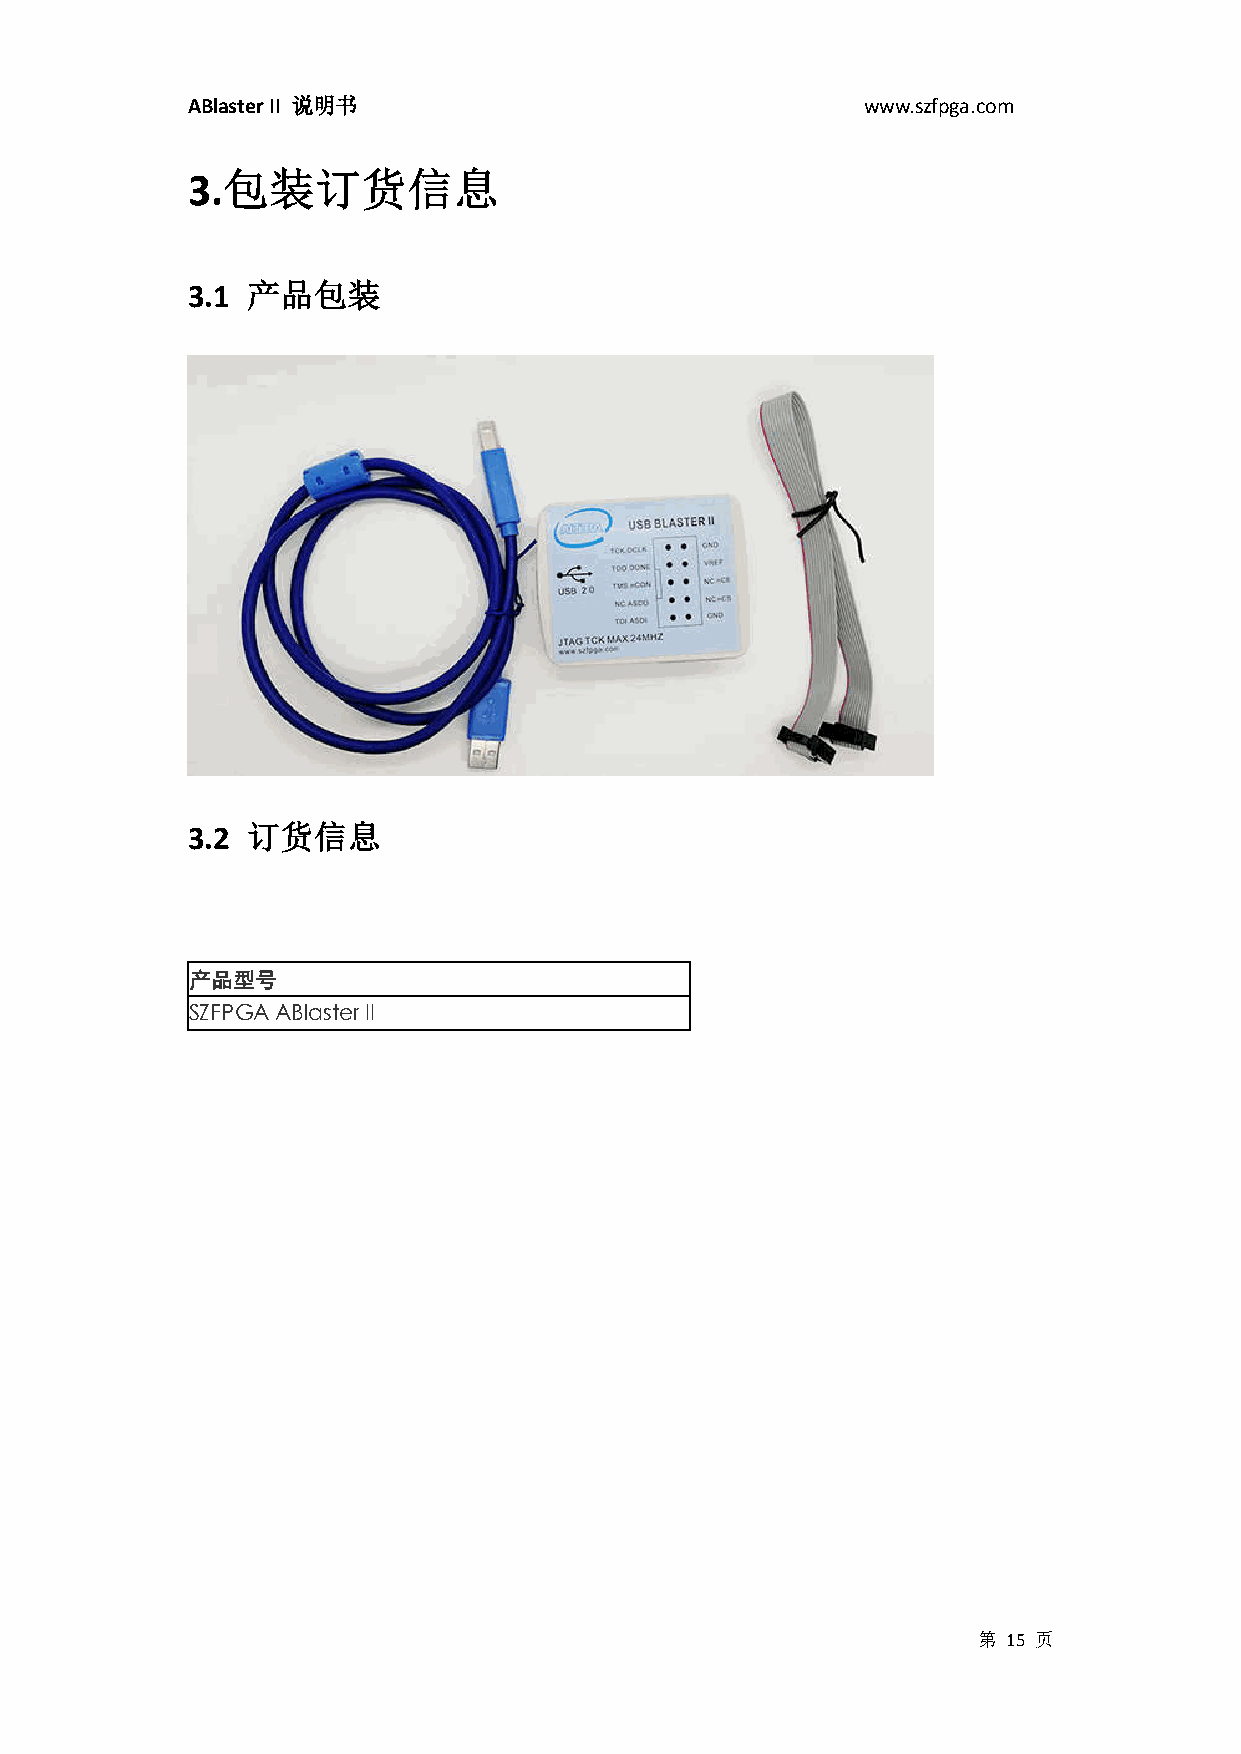
ABlaster II 说明书                              www.szfpga.com
 3.包装订货信息
 3.1 产品包装
 3.2 订货信息
 产品型号
 SZFPGA ABlaster II
 第 15 页